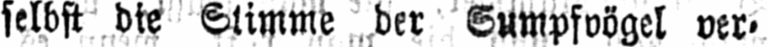
selbst die Stimme der Sumpfvögel ver⸗